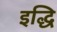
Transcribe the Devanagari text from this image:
इद्धि